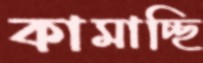
কামাচ্ছি